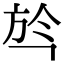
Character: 㫇